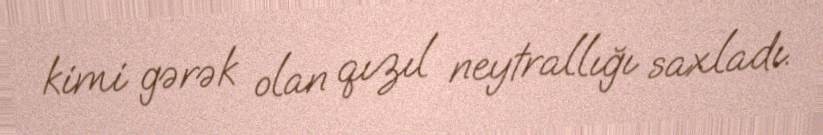
kimi gərək olan qızıl neytrallığı saxladı.